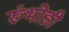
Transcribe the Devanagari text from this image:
रुंभोडी